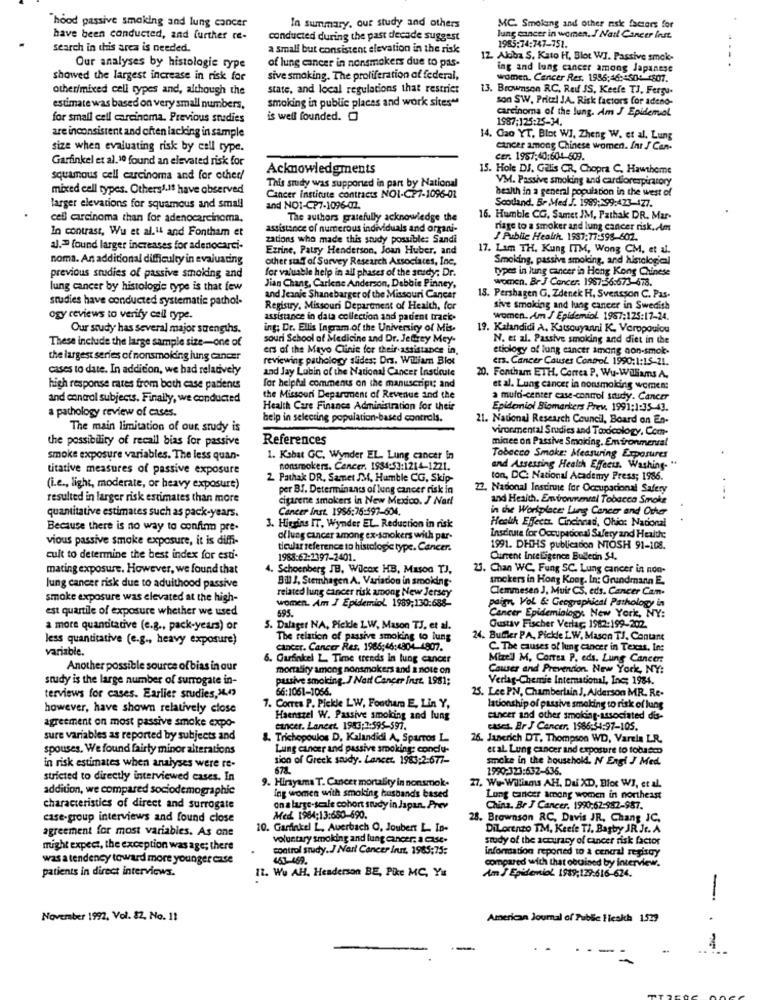
"hood passive smoking and lung cancer
In summary. our study and others
MC. Smoking and other nsk factors for
have been conducted, and further re-
conducted during the past decade suggest
lung cancer in women. I Nail Cancer Inst.
search in this area is needed.
a small but consistent elevation in the risk
1985:74:747-751.
of lung cancer in nonsmokers due to pas-
12. Akiba S. Kato H, Blot WI. Passive smok-
. .
Our analyses by histologie rype
ing and lung cancer among Japanese
showed the largest increase in risk for
sive smoking. The proliferation af federal,
women. Cancer Res. 1986;46 :: 50: 1807.
other/mixed cell types and, although the
state, and local regulations that restrict
13. Broumson RC, Red SS, Keefe TJ. Fergu-
smoking in public places and work sites"
son SW. Pritz! JA. Risk factors for adeno-
estimate was based on very small numbers,
carcinoma of the Jung. Am J Epidemiol
for small cell carcinoma. Previous studies
is well founded.
1987;125:25-34.
are inconsistent and often lacking in sample
14. Gao YT, Blot WI, Zheng W. et al. Lung
size when evaluating risk by call type.
cancer among Chinese women. Int J Can-
Garfinkel et al.10 found an elevated risk for
cer. 1957:40:604-609.
Acknowledgments
15. Hole DJ. Galis CR, Chopra C. Hawthome
squamous cell carcinoma and for other/
This study was supported in part by National
VM. Passive smoking and cardiorespiratory
mixed cell types. Others1-18 have observed
health in a general population in the west of
Cancer institute contracts NOI-CP7-1096-01
larger elevations for squamous and small
and NOI-CP7-1096-02.
Scotland. Br Med J. 1989:299:423-477.
cell carcinoma than for adenocarcinoma.
The authors gratefully acknowledge the
16. Humble CG, Samet IM, Pathak DR. Mar-
In contrast, Wu et al.It and Fontham et
assistance of numerous individuals and organi-
riage to a smoker and lung cancer risk. Am
zations who made this study possible: Sandi
J Public Health. 1987:77:598-602.
al.ª found larger increases for adenocarci-
Ezrine, Patsy Henderson, Joan Huber, and
17. Lam TH. Kung ITM, Wong CM, et al.
noma. An additional difficulty in evaluating
other staff of Survey Research Associates, Inc,
Smoking, passive smoking, and histological
for valuable help in all phases of the study: Dr.
types in lung cancer in Hong Kong Chinese
previous snadies of passive smoking and
women. Br J Cancer. 1987:36:673-678.
lung cancer by histologie type is that few
Jian Chang, Carlene Anderson, Debbie Pinney,
studies have conducted systematic pathol-
and Jeanie Shanebarger of the Missouri Cancar
15. Pershagen G. Zdenek H. Svensson C. Pas-
Registry, Missouri Department of Health, for
sive smoking and lung cancer in Swedish
ogy reviews to verify cell type.
assistance in data collection and patient track.
women. Am J Epidemiol. 1987:125:17-24.
Our study has several major strengths.
ing: Dr. Ellis Ingram of the University of Mis-
19. Kalandidi A. Katsouyaani K. Varopoulou
These include the large sample size-one of
souri School of Medicine and Dr. Jefrey Mey-
N. et al. Passive smoking and diet in the
ers of the Mayo Clinic for their-assistance in,
etiology of lung cancer amang non-smok-
the largest series of nonsmoking lung cancer
reviewing pathology sides; Drs. William Blot
ers. Cancer Causes Control 1990:1:15-21.
cases to date. In addition, we had relatively
and Jay Lubin of the National Cancer Instieste
for helpful comments on the manuscript; and
20. Fontham ETH. Correa P. Wu-Williams A.
high response rates from both case patients
et al. Lung cancer in nonsmoking women:
and control subjects. Finally, we conducted
the Missouri Department of Revenue and the
a muld-center case-control study. Cancer
a pathology review of cases.
Health Care Finance Administration for their
Epidemiol Biomarkers Prev. 1991:1:35-43.
help in selecting population-based controls.
21. National Research Council, Board on En-
The main limitation of our srudy is
vironmental Studies and Toxicology. Com-
the possibility of recall bias for passive
References
micee on Passive Smoking. Environmental
smoke exposure variables. The less quan-
1. Kabat GC, Wynder EL. Lung cancer in
Tobacco Smoke: Measuring Exposures
titative measures of passive exposure
nonsmokers. Cancer. 1984:53:1214-1221.
and Assessing Health Effects. Washing. "
2 Pathak DR. Samet SMf, Humble CG, Skip-
ton, DC: National Academy Press; 1986.
(i.e ., light, moderate, or heavy exposure)
per BI. Determinants of lung cancer risk in
22. Nadonal Instinne for Occupacional Safery
resulted in larger risk estimates than more
cigarene smokers in New Mexico. J Nad!
and Health. Environmental Tobacco Smoke
quantitative estimates such as pack-years.
Cancer Inst. 1996:75:597-604.
in the Workplace Lung Cancer and Other
Heeth Effects. Cincinnati, Ohio: Nacional
Because there is no way to confirm pre-
3. Hierins IT, Wynder EL. Reduction in risk
vious passive smoke exposure, it is diffi-
ol lung cancer among ex-smokers with par-
Institute for Occupational Safety and Health:
ticular reference to histologic type. Cancer.
1991. DHHS publicadon NIOSH 91-108.
cult to determine the best index for esti-
1988:67:2397-2401.
Current Intelligence Bulletin $4.
mating exposure. However, we found that
Schoenberg JB, Wilcox HB, Mason TJ.
23. Chan WC, Fung SC. Lung cancer in non-
Bill J. Stemhagen A. Variados in smoiding-
smokers in Hong Kong. In: Grundmann E.
lung cancer risk due to adulthood passive
related lung cancer risk among New Jersey
Clemmesen J, Muir CS, eds. Cancer Cam.
smoke exposure was elevated at the high-
women. Am J Epidemiol 1989;130:688-
est quartile of exposure whether we used
595.
Cancer Epidemiology. New York, NY:
paign Vol 6: Geographical Pathology in
a more quantitative (e.g ., pack-years) or
5. Dalager NA, Pickle LW, Mason TJ. et al.
Gustav Fischer Verlag, 1982:199-202.
Jess quantitative (e.g ., heavy exposure)
The relation of passive smoking to lung
24. Bufer PA, Pickle LW, Mason TJ. Contant
variable.
cancer. Cancer Res. 1986;46:4804 4907.
C. The causes of lung cancer in Texas, Inc
6. Garfinkel L. Time trends in lung cancer
Mize'l M. Correa P. eds. Lung Cancer:
Another possible source of bias in our
mortality among nonsmokers and a note on
Causes and Prevention. New York, NY:
study is the large number of surrogate in-
passive smoking. J Natt Cancer inst. 1981;
Verlag-Chemie International, Inc; 1984.
66:1061-1066.
25. Lee PN, Chamberlain J. Alderson MR. Re-
terviews for cases. Earlier studies,'44)
however, have shown relatively close
7. Corres P. Pickle LW, Footham E, Lin Y,
lationship of passive smoking to risk of lung
Haenszel W. Passive smoking and lung
cancer and other smoking-associated dis-
agreement on most passive smoke expo-
cancer. Lancet, 1983:1:595-597.
CASes. Br J Cancer. 1986:34:97-105.
sure variables as reported by subjects and
8. Trichopoulos D, Kalandidi A, Sparros L
26. Janerich DT. Thompson WD, Varele LR.
spouses. We found fairly minor alterations
Lung cancer and passive smoking: conclu-
et al. Lung cancer and exposure to tobacco
sion of Greek study. Lancet. 1983;2:677-
smoke in the household. N Engl J Med.
in risk estimates when analyses were re-
1990:323:632-636.
stricted to directly interviewed cases. In
9. Hirayama T. Cancer mortality in nonsmok.
addition, we compared sociodemographic
. We- Williams AH, Du XD, Bloc WI, et al.
ing women with smoking husbands based
Lung cancer among women in northeast
characteristics of direct and surrogate
on a large-scale cohort study in Japan. Prev
China. Br J Cancer. 1990:62-982-987.
case-group interviews and found close
Med. 1984:13:680-690.
28. Brownson RC, Davis JR, Chang JC.
agreement for most variables. As one
10. Garfinkel L. Auerbach O, Joubert L. In-
DiLorenzo TM, Keefe TI. Bagby JR. Je. A
voluntary smoking and lung cancer. a Cast-
study of the accuracy of cancer risk factor
might expect, the exception was age; there
control study. J Nart Cancer Irunt, 1965;75:
information reported to a cenaral regisoy
was a tendency toward more younger case
463-469.
patients in direct interviews.
12. We AH, Henderson BE, Pike MC, Ya
compared with that obtained by interview.
Am I EpidemioL 1989;129.616-624.
-
November 1992, Vol. 82, No. 11
American Journal of Public Ileskh 1529
1